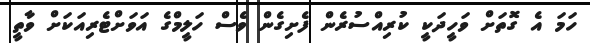
ހަމަ އެ ގޮތަށް ވަހީދަކީ ކުރިއްސުރެން ފެށިގެން ވެސް ހަލީމްގެ އަވަށްޓެރިއަކަށް ވާތީ